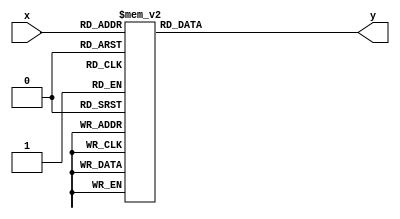
// This program was cloned from: https://github.com/RomeoMe5/DDLM
// License: MIT License

module lab7_2
(
	input [3:0] x,
	output reg y
);

	always @* 
	begin
		case(x)
			 'b0000: y<= 0;
			 'b0001: y<= 0;
			 'b0010: y<= 0;
			 'b0011: y<= 0;
 			 'b0100: y<= 0;
			 'b0101: y<= 0;
			 'b0110: y<= 0;
			 'b0111: y<= 0;
			 'b1000: y<= 0;
			 'b1001: y<= 0;
			 'b1010: y<= 0;
			 'b1011: y<= 0;
 			 'b1100: y<= 0;
			 'b1101: y<= 0;
			 'b1110: y<= 0;
			 'b1111: y<= 1;
		endcase
	end

endmodule